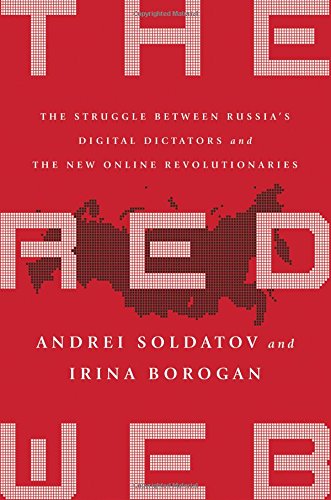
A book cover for The Red Web: The Struggle Between RussiaEEs Digital Dictators and the New Online Revolutionaries; Andrei Soldatov; Computers & Technology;